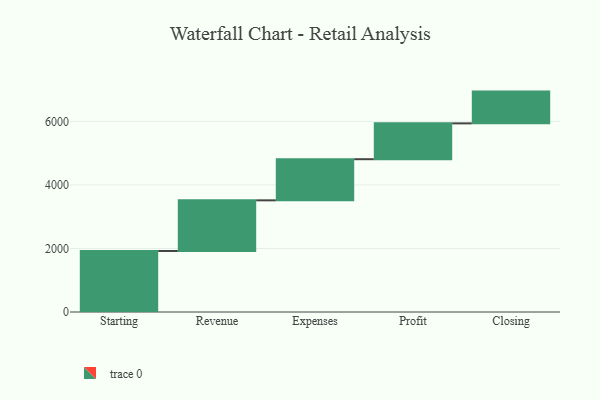
{"axis": {"x": "Step", "y": "Value"}, "legend": [""], "data": [{"x": "Starting", "y": 1921.0, "type": ""}, {"x": "Revenue", "y": 1594.0, "type": ""}, {"x": "Expenses", "y": 1295.0, "type": ""}, {"x": "Profit", "y": 1128.0, "type": ""}, {"x": "Closing", "y": 1000, "type": ""}]}